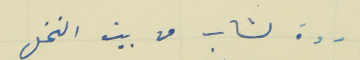
ردة لشاب من بيت النخل